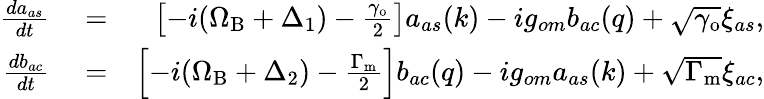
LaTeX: \begin{array}{rlr}{\frac{da_{as}}{dt}}&{{}=}&{\left[-i(\Omega_{\mathrm{B}}+\Delta_{1})-\frac{\gamma_{\mathrm{o}}}{2}\right]a_{as}(k)-ig_{om}b_{ac}(q)+\sqrt{\gamma_{\mathrm{o}}}\xi_{as},}\\ {\frac{db_{ac}}{dt}}&{{}=}&{\left[-i(\Omega_{\mathrm{B}}+\Delta_{2})-\frac{\Gamma_{\mathrm{m}}}{2}\right]b_{ac}(q)-ig_{om}a_{as}(k)+\sqrt{\Gamma_{\mathrm{m}}}\xi_{ac},}\end{array}